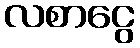
လစာငွေ